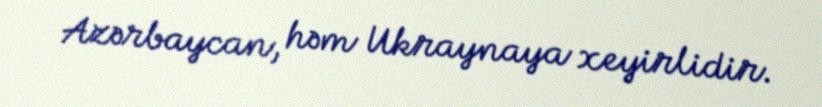
Azərbaycan, həm Ukraynaya xeyirlidir.